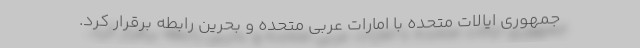
جمهوری ایالات متحده با امارات عربی متحده و بحرین رابطه برقرار کرد.